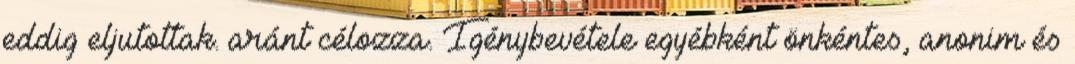
eddig eljutottak. aránt célozza. Igénybevétele egyébként önkéntes, anonim és